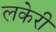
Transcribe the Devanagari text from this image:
लकेरी